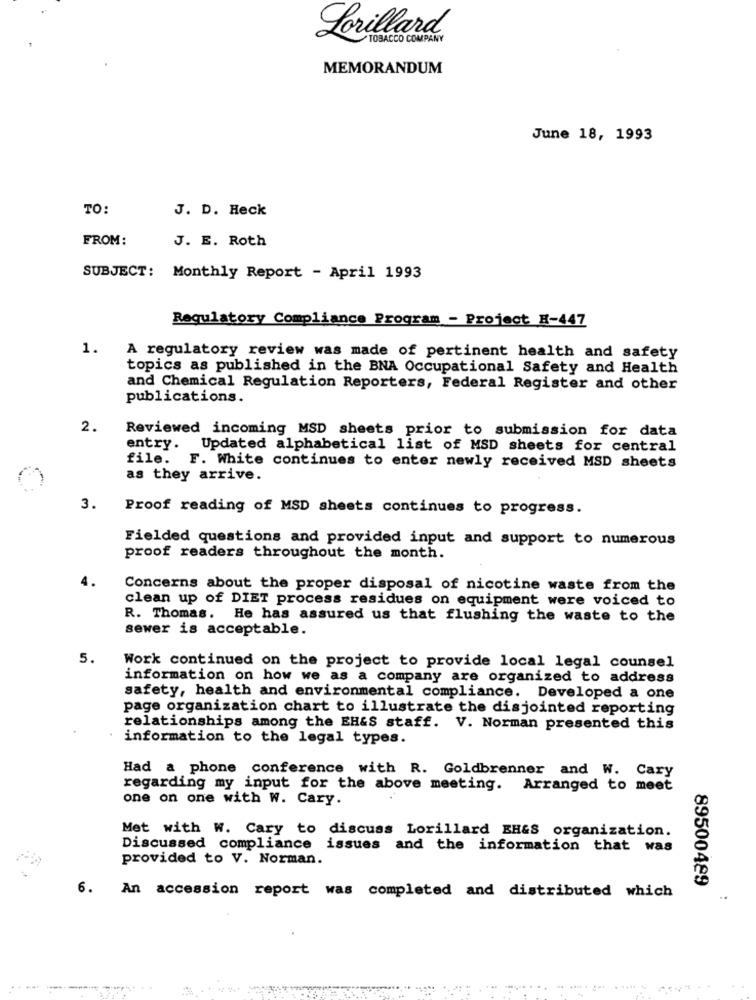
BACCO COME
MEMORANDUM
June 18, 1993
TO:
J. D. Heck
FROM:
J. E. Roth
SUBJECT: Monthly Report - April 1993
Regulatory Compliance Program - Project H-447
1.
A regulatory review was made of pertinent health and safety
topics as published in the BNA Occupational Safety and Health
and Chemical Regulation Reporters, Federal Register and other
publications.
2.
Reviewed incoming MSD sheets prior to submission for data
entry. Updated alphabetical list of MSD sheets for central
file. F. White continues to enter newly received MSD sheets
as they arrive.
3.
Proof reading of MSD sheets continues to progress.
Fielded questions and provided input and support to numerous
proof readers throughout the month.
Concerns about the proper disposal of nicotine waste from the
clean up of DIET process residues on equipment were voiced to
R. Thomas. He has assured us that flushing the waste to the
sewer is acceptable.
5.
Work continued on the project to provide local legal counsel
information on how we as a company are organized to address
safety, health and environmental compliance. Developed a one
page organization chart to illustrate the disjointed reporting
relationships among the EH&S staff. V. Norman presented this
information to the legal types.
Had a phone conference with R. Goldbrenner and W. Cary
regarding my input for the above meeting. Arranged to meet
one on one with W. Cary.
Met with W. Cary to discuss Lorillard EH&S organization.
Discussed compliance issues and the information that was
provided to V. Norman.
6.
89500489
An accession report was completed and distributed which